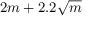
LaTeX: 2 m + 2 . 2 { \sqrt { m } }